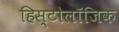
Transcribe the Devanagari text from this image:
हिस्टोलॉजिक